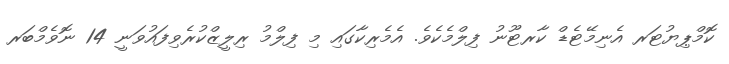
ކޮމްޕިޔުޓަރ އެނިމޭޓެޑް ކާރޓޫނު ފިލްމެކެވެ. އެމެރިކާގައި މި ފިލްމު ރިލީޒްކުރެވިފައުވަނީ 14 ނޮވެމްބަރ